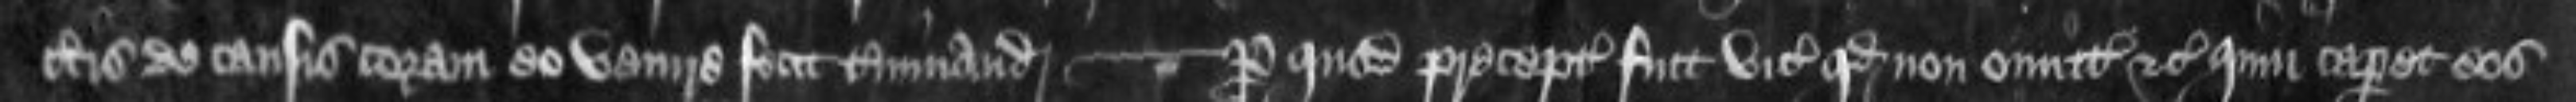
certis de causis coram eo venire fecit terminanda Per quod preceptum fuit vicecomitibus quod non omittant etc quin caperent eos